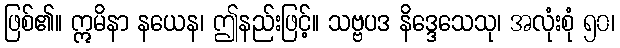
ဖြစ်၏။ ဣမိနာ နယေန၊ ဤနည်းဖြင့်။ သဗ္ဗပဒ နိဒ္ဒေသေသု၊ အလုံးစုံ ၅၀၊